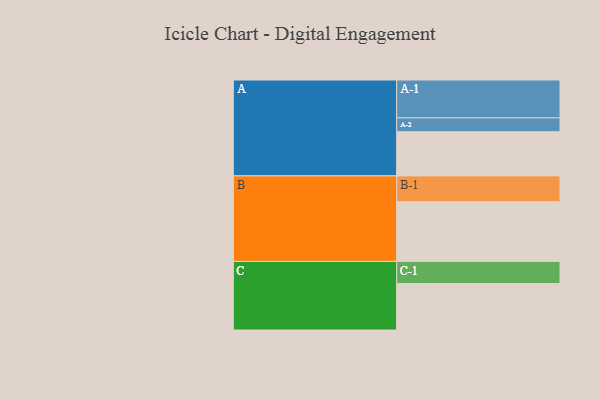
{"axis": {"x": "Segment", "y": "Value"}, "legend": ["", "A", "B", "C"], "data": [{"x": "A", "y": 336, "type": ""}, {"x": "B", "y": 454, "type": ""}, {"x": "C", "y": 354, "type": ""}, {"x": "A-1", "y": 288, "type": "A"}, {"x": "A-2", "y": 106, "type": "A"}, {"x": "B-1", "y": 197, "type": "B"}, {"x": "C-1", "y": 168, "type": "C"}]}